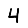
Digit: 4